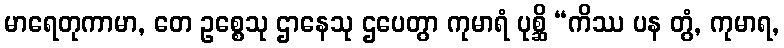
မာရေတုကာမာ, တေ ဥစ္စေသု ဌာနေသု ဌပေတွာ ကုမာရံ ပုစ္ဆိ “ကိဿ ပန တွံ, ကုမာရ,